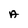
Character: A